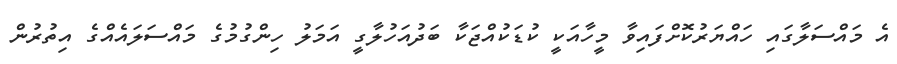
އެ މައްސަލާގައި ހައްޔަރުކޮށްފައިވާ މީހާއަކީ ކުޑަކުއްޖަކާ ބަދުއަހުލާގީ އަމަލު ހިންގުމުގެ މައްސަލައެއްގެ އިތުރުން